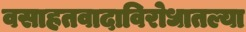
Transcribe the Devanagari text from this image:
वसाहतवादाविरोधातल्या